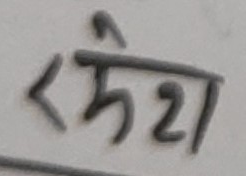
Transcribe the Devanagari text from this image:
केश